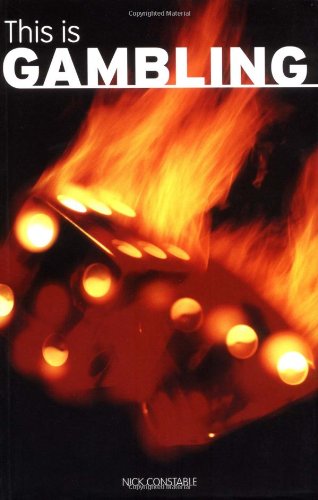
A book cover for This Is Gambling (Addiction Series); Nick Constable; Health, Fitness & Dieting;